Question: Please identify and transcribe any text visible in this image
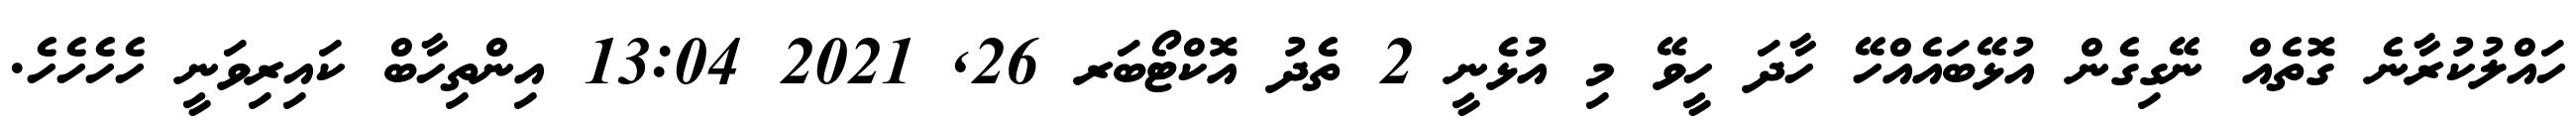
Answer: ހައްލުކުރާނެ ގޮތެއް ނޭގިގެން އުޅޭބައެއްހޭ ހާދަ ހީވޭ މި އުޅެނީ 2 ތެދު އޮކްޓޯބަރ 26, 2021 13:04 އިންތިހާބް ކައިރިވަނީ ހެހެހެހެ.